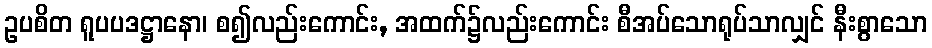
ဥပစိတ ရူပပဒဋ္ဌာနော၊ စ၍လည်းကောင်း, အထက်၌လည်းကောင်း စီအပ်သောရုပ်သာလျှင် နီးစွာသော